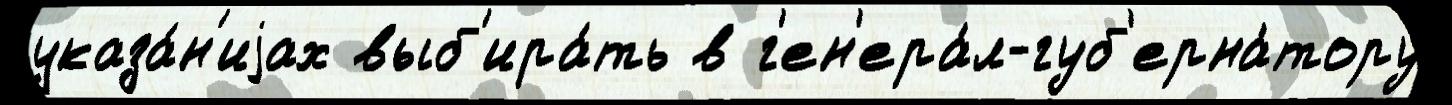
указа́н'иjах выб'ира́ть в г'ен'ера́л-губ'ерна́тору